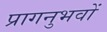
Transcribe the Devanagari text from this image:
प्रागनुभवों